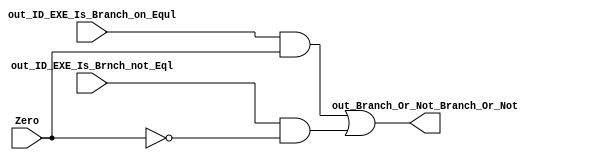
module Branch_Or_Not(

input  Zero,
input out_ID_EXE_Is_Brnch_not_Eql,
input out_ID_EXE_Is_Branch_on_Equl,

output reg out_Branch_Or_Not_Branch_Or_Not
);

always@(*)begin
out_Branch_Or_Not_Branch_Or_Not=((out_ID_EXE_Is_Branch_on_Equl & Zero) | (out_ID_EXE_Is_Brnch_not_Eql & ~Zero));
end
endmodule